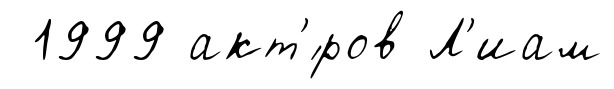
1999 акт'́ров Л'иам